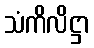
သံကိလိဋ္ဌာ